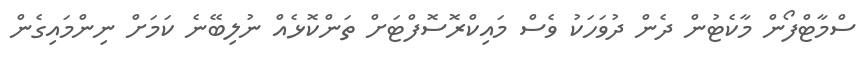
ސްމާޓްފޯން މާކެޓުން ދެން ދުވަހަކު ވެސް މައިކްރޮސޮފްޓަށް ތަންކޮޅެއް ނުލިބޭނެ ކަމަށް ނިންމައިގެން